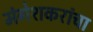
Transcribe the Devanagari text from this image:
मंगेशकरांचा